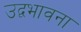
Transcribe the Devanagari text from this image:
उद्वभावना